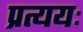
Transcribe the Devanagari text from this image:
प्रत्ययः